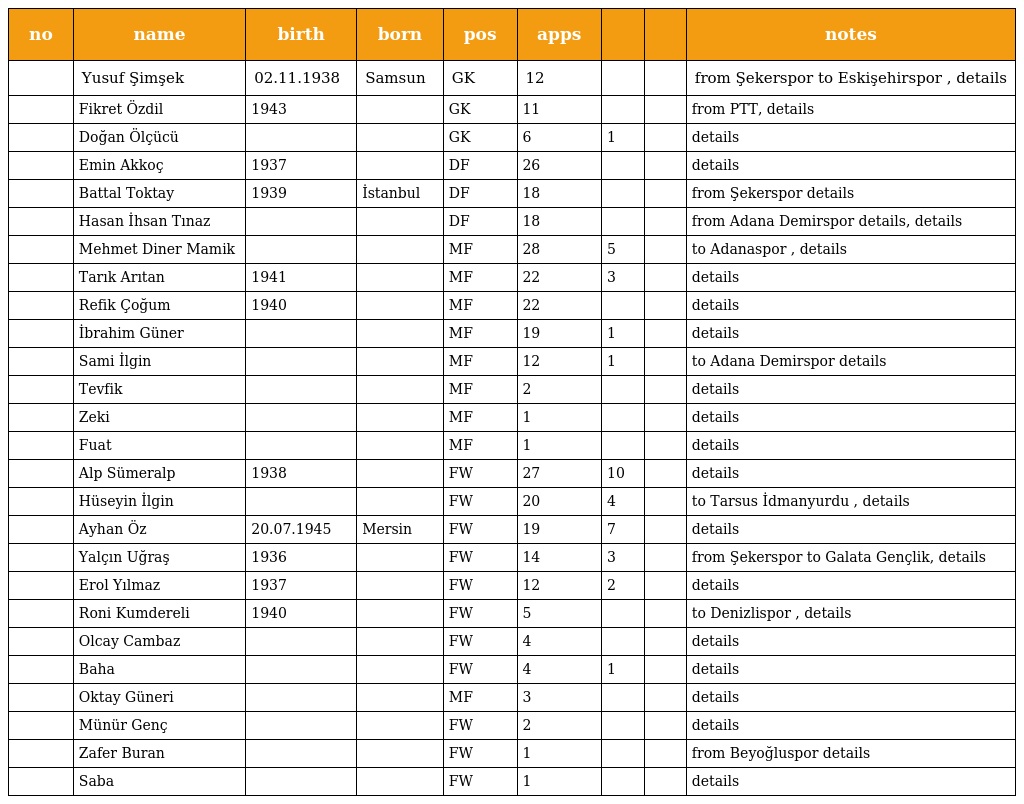
| no | name | birth | born | pos | apps |  |  | notes |
 | --- | --- | --- | --- | --- | --- | --- | --- | --- |
 |  | Yusuf Şimşek | 02.11.1938 | Samsun | GK | 12 |  |  | from Şekerspor to Eskişehirspor , details |
 |  | Fikret Özdil | 1943 |  | GK | 11 |  |  | from PTT, details |
 |  | Doğan Ölçücü |  |  | GK | 6 | 1 |  | details |
 |  | Emin Akkoç | 1937 |  | DF | 26 |  |  | details |
 |  | Battal Toktay | 1939 | İstanbul | DF | 18 |  |  | from Şekerspor details |
 |  | Hasan İhsan Tınaz |  |  | DF | 18 |  |  | from Adana Demirspor details, details |
 |  | Mehmet Diner Mamik |  |  | MF | 28 | 5 |  | to Adanaspor , details |
 |  | Tarık Arıtan | 1941 |  | MF | 22 | 3 |  | details |
 |  | Refik Çoğum | 1940 |  | MF | 22 |  |  | details |
 |  | İbrahim Güner |  |  | MF | 19 | 1 |  | details |
 |  | Sami İlgin |  |  | MF | 12 | 1 |  | to Adana Demirspor details |
 |  | Tevfik |  |  | MF | 2 |  |  | details |
 |  | Zeki |  |  | MF | 1 |  |  | details |
 |  | Fuat |  |  | MF | 1 |  |  | details |
 |  | Alp Sümeralp | 1938 |  | FW | 27 | 10 |  | details |
 |  | Hüseyin İlgin |  |  | FW | 20 | 4 |  | to Tarsus İdmanyurdu , details |
 |  | Ayhan Öz | 20.07.1945 | Mersin | FW | 19 | 7 |  | details |
 |  | Yalçın Uğraş | 1936 |  | FW | 14 | 3 |  | from Şekerspor to Galata Gençlik, details |
 |  | Erol Yılmaz | 1937 |  | FW | 12 | 2 |  | details |
 |  | Roni Kumdereli | 1940 |  | FW | 5 |  |  | to Denizlispor , details |
 |  | Olcay Cambaz |  |  | FW | 4 |  |  | details |
 |  | Baha |  |  | FW | 4 | 1 |  | details |
 |  | Oktay Güneri |  |  | MF | 3 |  |  | details |
 |  | Münür Genç |  |  | FW | 2 |  |  | details |
 |  | Zafer Buran |  |  | FW | 1 |  |  | from Beyoğluspor details |
 |  | Saba |  |  | FW | 1 |  |  | details |